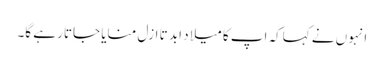
انہوں نے کہاکہ اپ کا میلا د ابد تا ازل منایا جاتا رہے گا۔